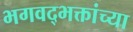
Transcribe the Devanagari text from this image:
भगवद्भक्तांच्या